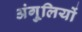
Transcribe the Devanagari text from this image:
अंगु्लियों